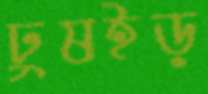
ঢুষইড়